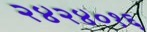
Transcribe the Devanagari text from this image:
२४२४०१६